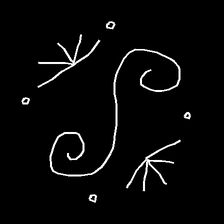
Glyph: aeroform